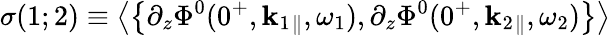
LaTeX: \sigma(1;2)\equiv\left\langle\left\{ \partial_{z}\Phi^{0}(0^{+},{\mathbf k}_{1}{}_{\| },\omega_{1}),\partial_{z}\Phi^{0}(0^{+},{\mathbf k}_{2}{}_{\| },\omega_{2})\right\} \right\rangle